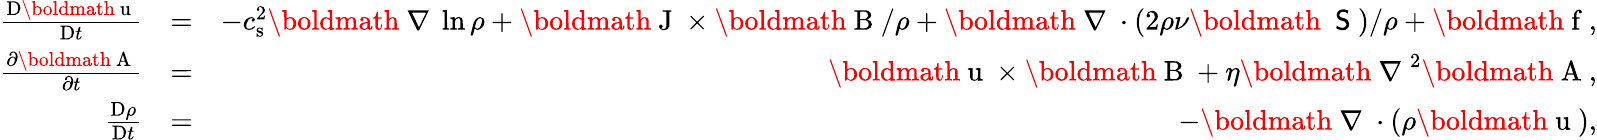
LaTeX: \begin{array}{rlr}{\frac{\mathrm{D}\mathrm{\boldmath~u~}}{\mathrm{D}t}}&{=}&{-c_{\mathrm{s}}^{2}\mathrm{\boldmath~\nabla~}\ln\rho+\mathrm{\boldmath~J~}\times\mathrm{\boldmath~B~}/\rho+\mathrm{\boldmath~\nabla~}\cdot(2\rho\nu\mathrm{\boldmath~{\sf~S}~})/\rho+\mathrm{\boldmath~f~},}\\ {\frac{\partial\mathrm{\boldmath~A~}}{\partial t}}&{=}&{\mathrm{\boldmath~u~}\times\mathrm{\boldmath~B~}+\eta\mathrm{\boldmath~\nabla~}^{2}\mathrm{\boldmath~A~},}\\ {\frac{\mathrm{D}\rho}{\mathrm{D}t}}&{=}&{-\mathrm{\boldmath~\nabla~}\cdot(\rho\mathrm{\boldmath~u~}),}\end{array}